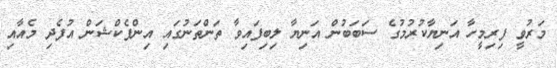
މަރުވީ ފިރިމީހާ އަނިޔާކުރުމުގެ ސަބަބުން އަނިޔާ ލިބިފައިވާ ތަންތަނުގައި އިންފެކްޝަން އުފެދި މެއާއި